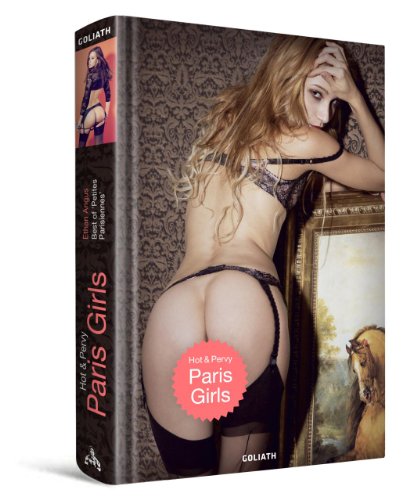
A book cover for Hot & Pervy Paris Girls: Best of Petites Parisiennes; Ethan Angus; Arts & Photography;